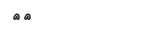
٥٤